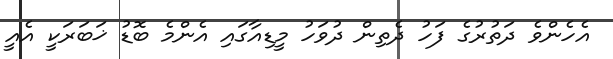
އެހެންވެ ދަތުރުގެ ފަހު ދެތިން ދުވަހު މީޑިއާގައި އެންމެ ބޮޑު ޚަބަރަކީ އެއީ